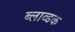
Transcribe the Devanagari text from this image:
ब्लाव्डक